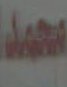
محمد